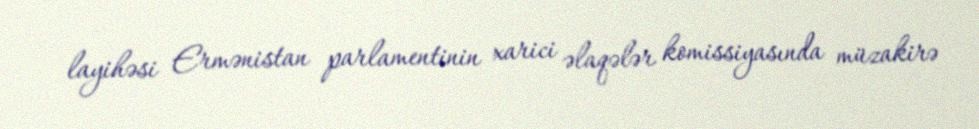
layihəsi Ermənistan parlamentinin xarici əlaqələr komissiyasında müzakirə